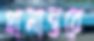
গ্রামান্তরে